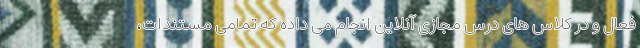
فعال و در کلاس های درس مجازی آنلاین انجام می داده که تمامی مستندات،